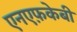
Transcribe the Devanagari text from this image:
एनएफ़केबी